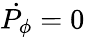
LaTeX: {\dot{P_{\phi}}}=0